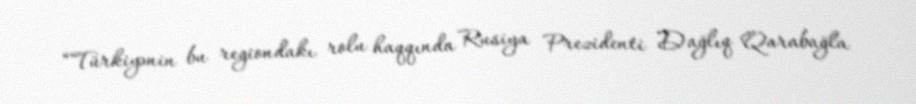
“Türkiyənin bu regiondakı rolu haqqında Rusiya Prezidenti Dağlıq Qarabağla